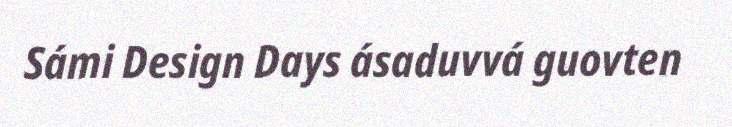
Sámi Design Days ásaduvvá guovten